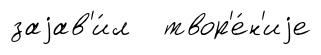
заjав'и́л твор'е́н'иjе